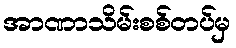
အာဏာသိမ်းစစ်တပ်မှ